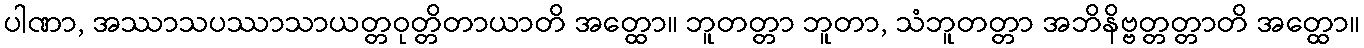
ပါဏာ, အဿာသပဿာသာယတ္တဝုတ္တိတာယာတိ အတ္ထော။ ဘူတတ္တာ ဘူတာ, သံဘူတတ္တာ အဘိနိဗ္ဗတ္တတ္တာတိ အတ္ထော။